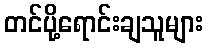
တင်ပို့ရောင်းချသူများ